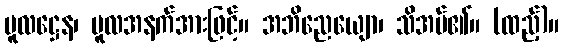
မူလဋ္ဌေန၊ မူလအနက်အားဖြင့်။ အဘိညေယျော၊ သိအပ်၏။ (ထည့်)။